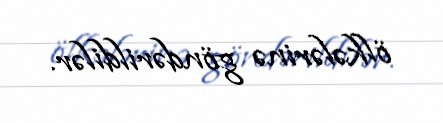
ölkələrinə göndərildilər.